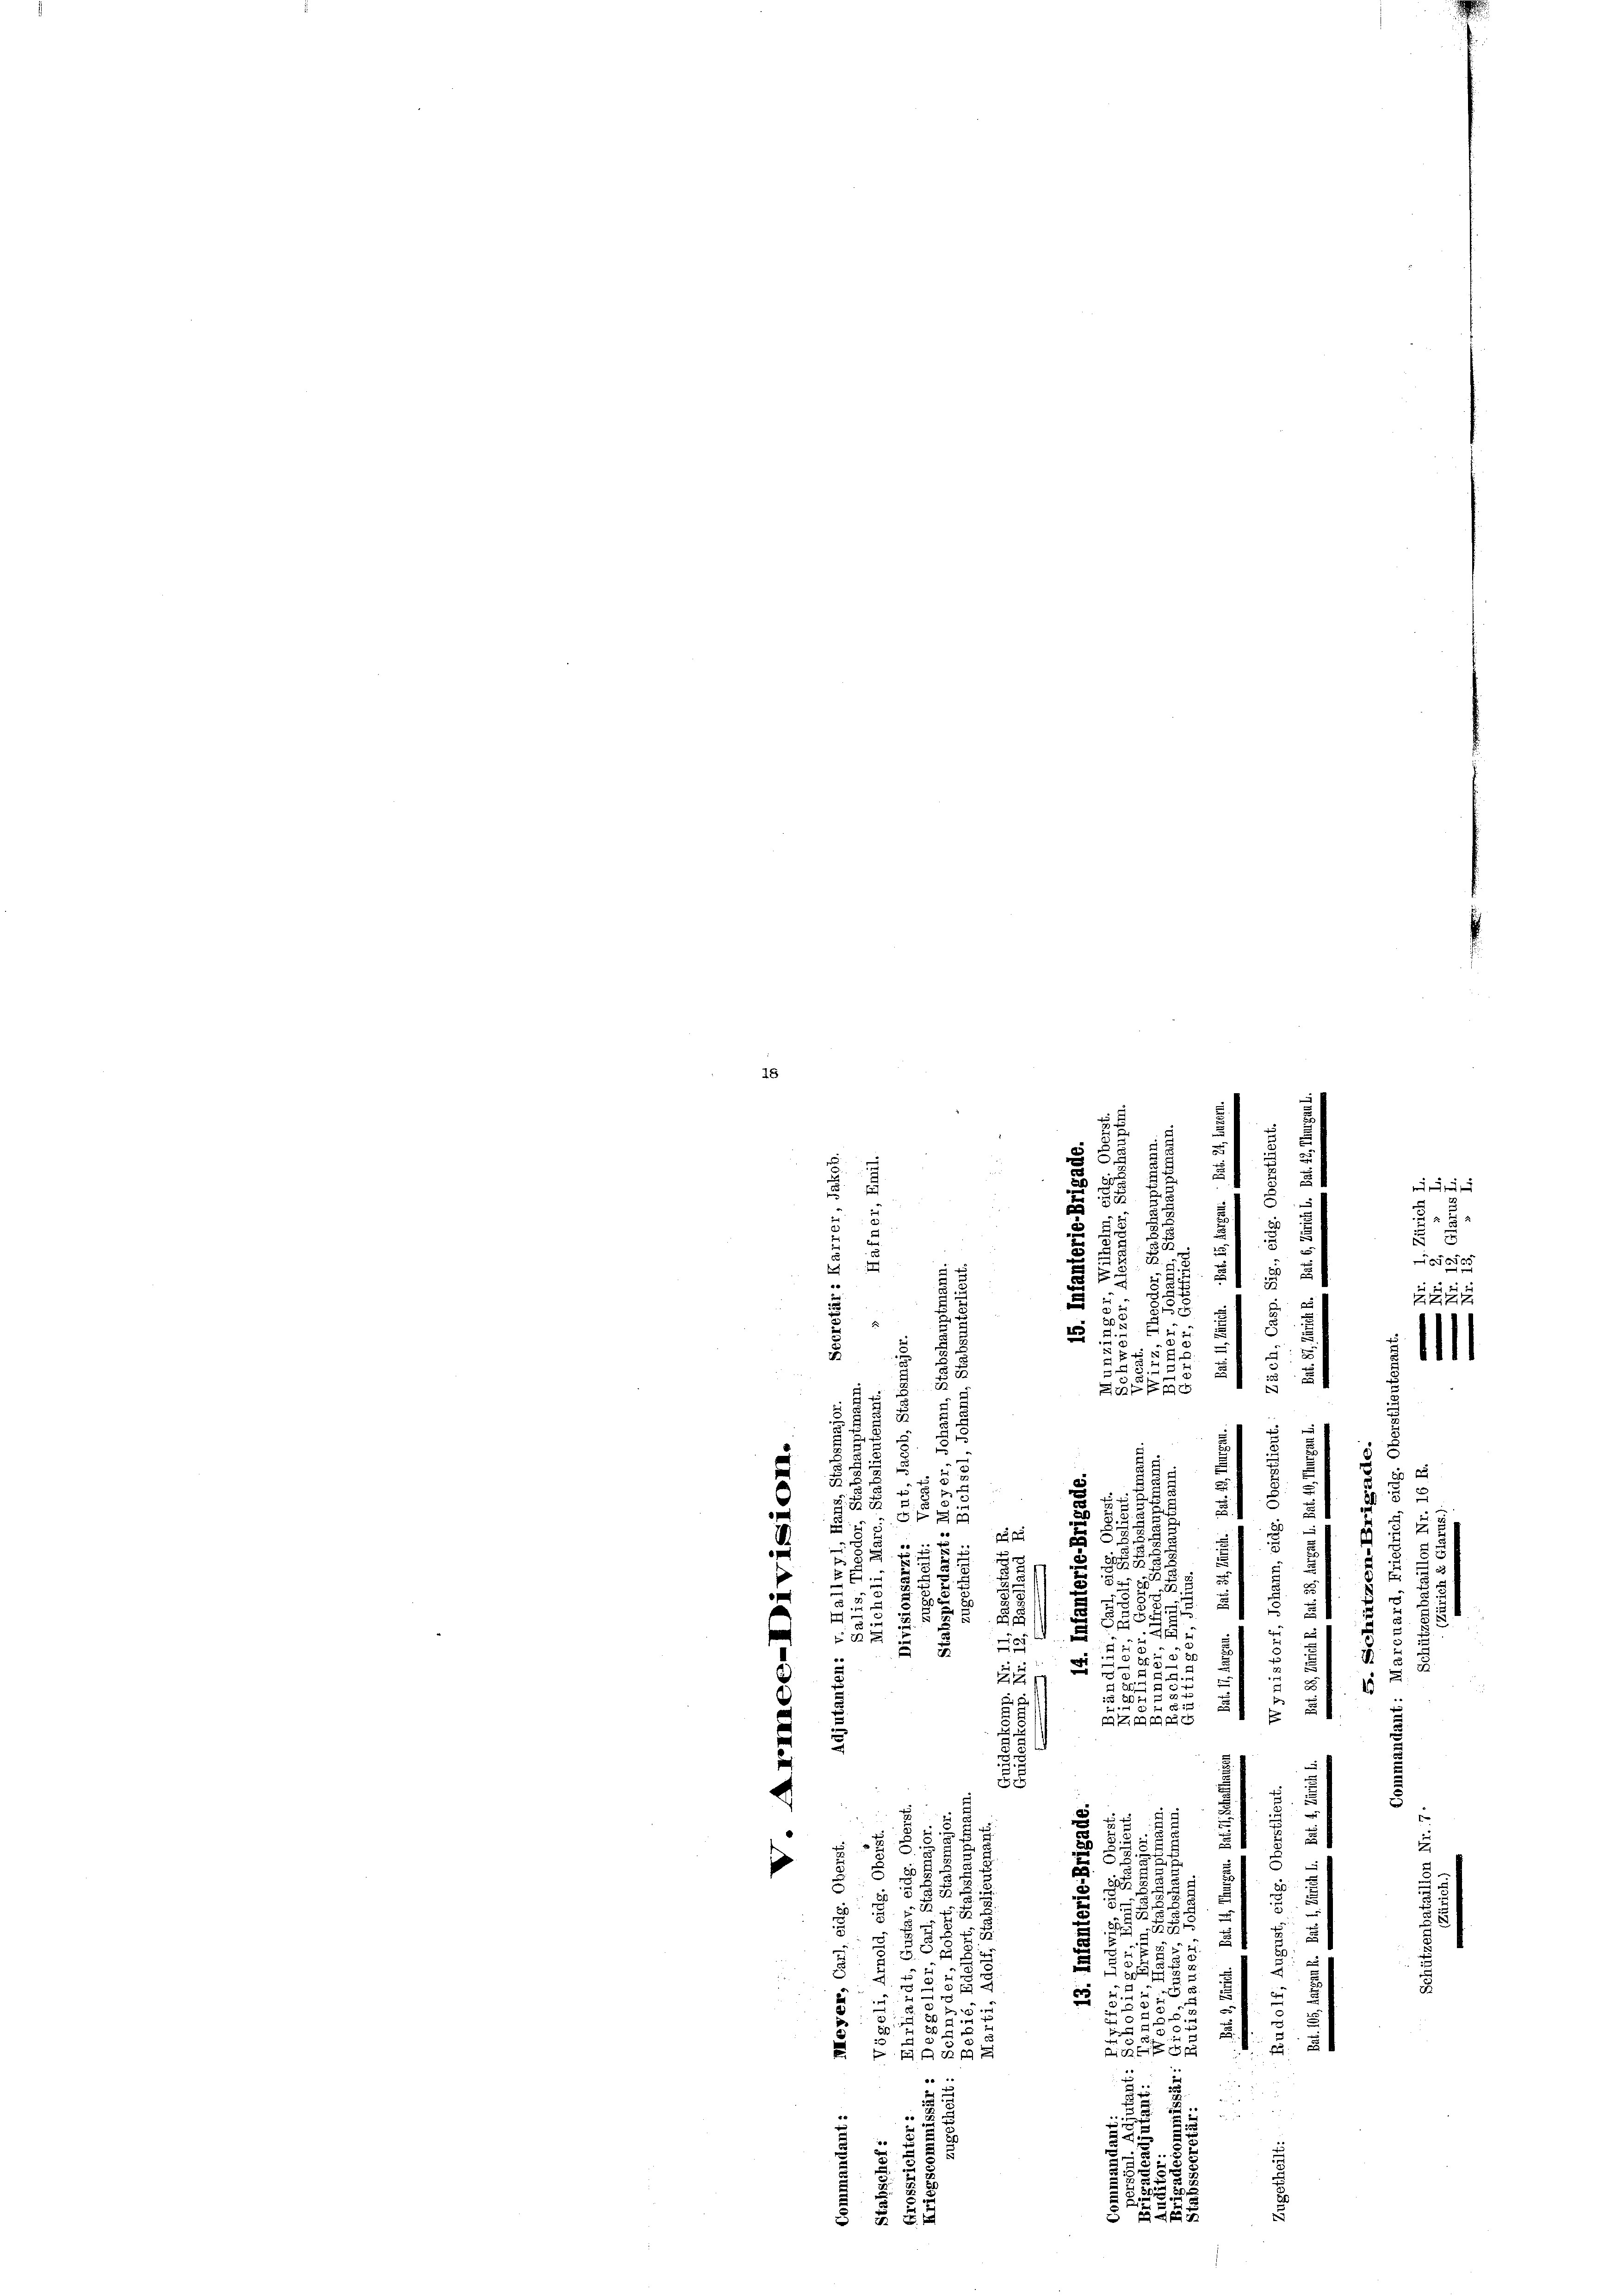
15
25

e
2
e
27
2.
e

n
¬
2
d
n
u
2
E
2

1
.
s

2
 x

 3
e
.
2
.
¬
d
¬
 xx
25
5 E
u
e
.
d
i

u
x
2
u
a
.
u
5
t
2 x
e
.
 Br 22
i
e
.
u
1
2
p

x
5 8
82
5

B
e
2
d
1

e

2
E
u
54
e

5
.
5
5
e
5

7

e

.
u
.
257
2
.
.
2
5
1

1
u
t
A
51
.
ZGB
.
n
.
u
¬
2
.
x

s
d
25
5
2
.
 x
.
e
7
u
u
2
182
3

u
7
d

8
und
i
.
g
u

2
.

 50
2
Dich

.

e
27
5
2555
Z 20
2

 2 x

e

5
esce

21 21

s
2717
611

2